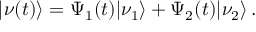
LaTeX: | \nu ( t ) \rangle = \Psi _ { 1 } ( t ) | \nu _ { 1 } \rangle + \Psi _ { 2 } ( t ) | \nu _ { 2 } \rangle \, .